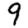
Digit: 9